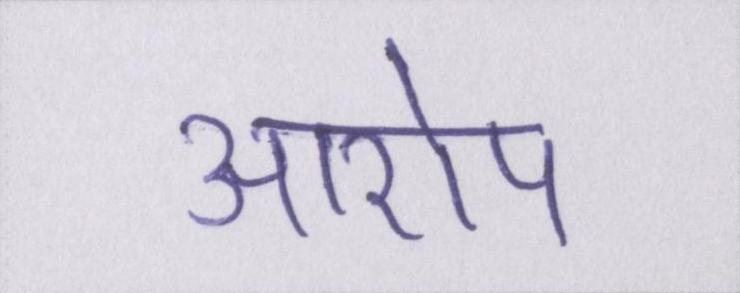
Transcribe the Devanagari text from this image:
आरोप